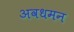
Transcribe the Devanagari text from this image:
अवधमन